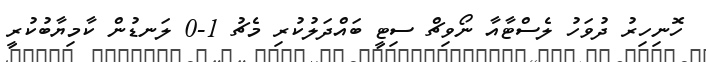
ހޮނިހިރު ދުވަހު ލެސްޓާއާ ނޯވިޗް ސިޓީ ބައްދަލުކުރި މެޗު 1-0 ލަނޑުން ކާމިޔާބުކުރީ